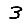
Digit: 3